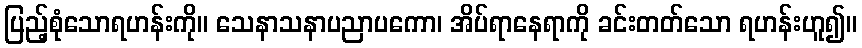
ပြည့်စုံသောရဟန်းကို။ သေနာသနာပညာပကော၊ အိပ်ရာနေရာကို ခင်းတတ်သော ရဟန်းဟူ၍။